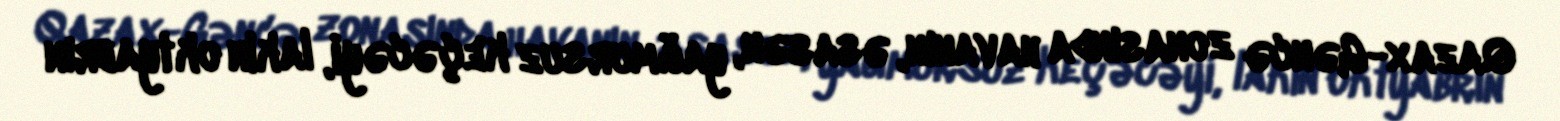
Qazax-Gəncə zonasında havanın, əsasən, yağmursuz keçəcəyi, lakin oktyabrın